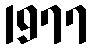
1977